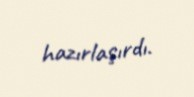
hazırlaşırdı.